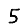
Digit: 5